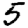
Digit: 5